Report on the Nagpur School of Medicine, Central Provinces
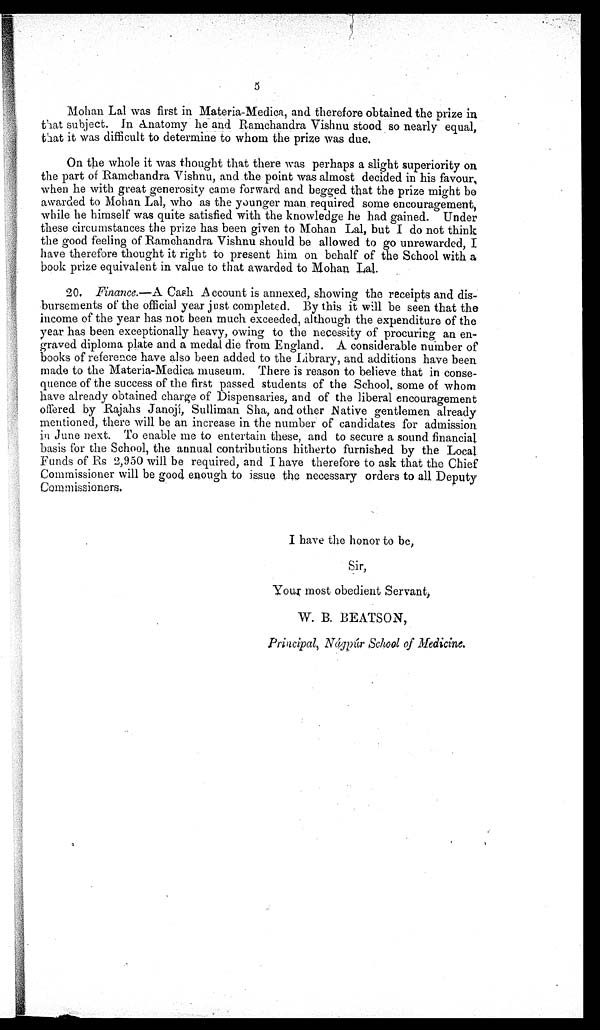
5
Mohan Lal was first in Materia-Medica, and therefore obtained the prize in
that subject. In Anatomy he and Ramchandra Vishnu stood so nearly equal,
that it was difficult to determine to whom the prize was due.
On the whole it was thought that there was perhaps a slight superiority on
the part of Ramchandra Vishnu, amd the point was almost decided in his favour,
when he with great generosity came forward and begged that the prize might be
awarded to Mohan Lal, who as the younger man required some encouragement,
while he himself was quite satisfied with the knowledge he had gained. Under
these circumstances the prize has been given to Mohan Lal, but I do not think
the good feeling of Ramchandra Vishnu should be allowed to go unrewarded, I
have therefore thought it right to present him on behalf of the School with a
book prize equivalent in value to that awarded to Mohan Lal.
20. Finance.—A Cash Account is annexed, showing the receipts and dis-
bursements of the official year just completed. By this it will be seen that the
income of the year has not been much exceeded, although the expenditure of the
year has been exceptionally heavy, owing to the necessity of procuring an en-
graved diploma plate and a medal die from England. A considerable number of
books of reference have also been added to the Library, and additions have been
made to the Materia-Medica museum. There is reason to believe that in conse-
quence of the success of the first passed students of the School, some of whom
have already obtained charge of Dispensaries, and of the liberal encouragement
offered by Rajahs Janojí, Sulliman Sha, and other Native gentlemen already
mentioned, there will be an increase in the number of candidates for admission
in June next. To enable me to entertain these, and to secure a sound financial
basis for the School, the annual contributions hitherto furnished by the Local
Funds of Rs 2,950 will be required, and I have therefore to ask that the Chief
Commissioner will be good enough to issue the necessary orders to all Deputy
Commissioners.
I have the honor to be,
Sir,
W. B. BEATSON,